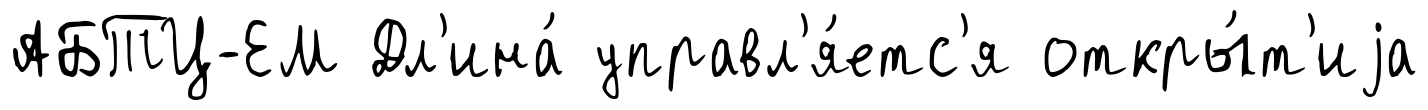
АБТЦ-ЕМ Дл'ина́ управл'я́етс'я откры́т'иjа